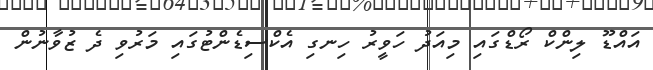
އައްޑޫ ލިންކް ރޯޑްގައި މިއަދު ހަވީރު ހިނގި އެކްސިޑެންޓުގައި މަރުވި ދެ ޒުވާނުން